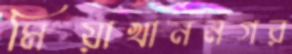
মিয়াখাননগর